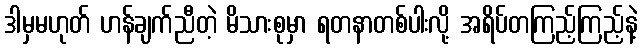
ဒါမှမဟုတ် ဟန်ချက်ညီတဲ့ မိသားစုမှာ ရတနာတစ်ပါးလို့ အရိပ်တကြည့်ကြည့်နဲ့